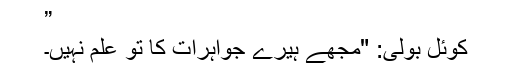
”
کوئل بولی: "مجھے ہیرے جواہرات کا تو علم نہیں۔